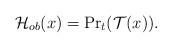
LaTeX: \begin{align*}\mathcal H_{ob}(x) = {\rm Pr}_t(\mathcal T(x)).\end{align*}